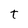
Character: t